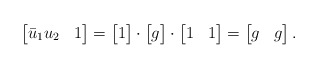
\begin{align*}\begin{bmatrix}\bar u_1u_2 & 1\end{bmatrix}=\begin{bmatrix}1\end{bmatrix}\cdot\begin{bmatrix}g\end{bmatrix}\cdot\begin{bmatrix}1 & 1\end{bmatrix}=\begin{bmatrix}g & g\end{bmatrix}.\end{align*}